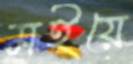
মইয়ে